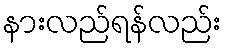
နားလည်ရန်လည်း